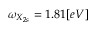
\omega _ { X _ { 2 s } } = 1 . 8 1 [ e V ]